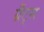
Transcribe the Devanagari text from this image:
ग्रँट्स